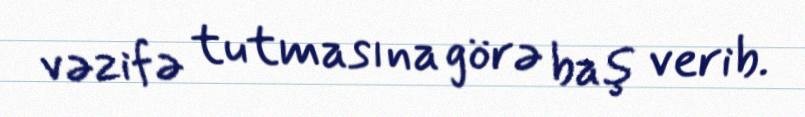
vəzifə tutmasına görə baş verib.